Notes on vaccination in the North-West Frontier Province 1923-1928 - 1923-1928
Year: 1923
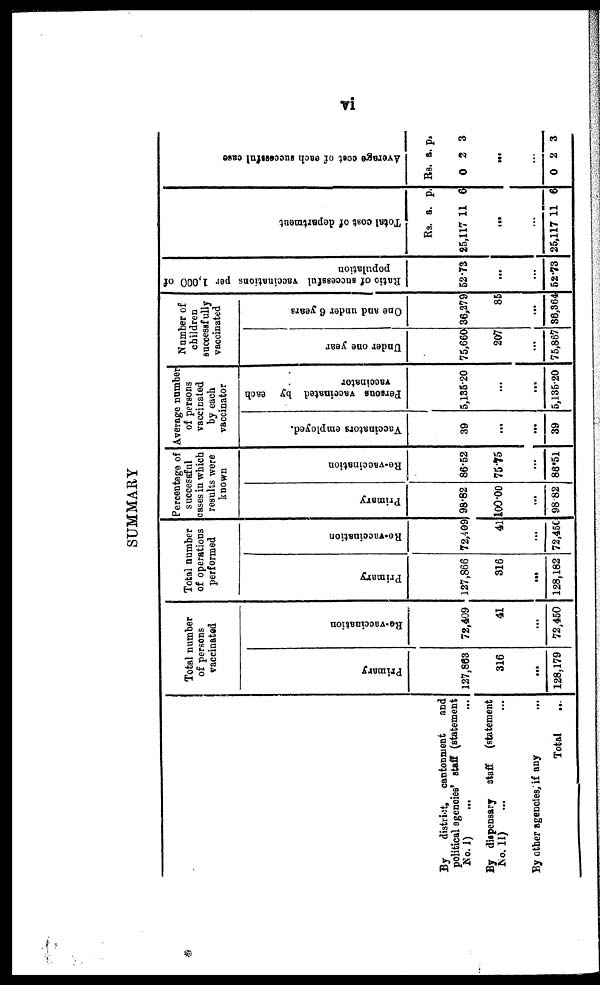
vi
SUMMARY
By
district, cantonment
and
political agencies' staff (statement
No. I) ... ...
By dispensary staff
(statement
No. II) ... ...
By other agencies, if any ...
Total ...
Total number
of persons
vaccinated
Primary
127,863
316
...
128,179
Re-vaccination
72,409
41
...
72,450
Total number
of operations
performed
Primary
127,866
316
...
128,182
Re-vaccination
72,409
41
...
72,450
Percentage of
successful
cases in which
results were
known
Primary
98.82
100.00
...
98.82
Re-vaccination
86.52
75.75
...
86.5l
Average number
of persons
vaccinated
by each
vaccinator
Vaccinators employed.
39
...
...
39
Persons vaccinated by each
vaccinator
5,135.20
...
...
5,135.20
Number of
children
successfully
vaccinated
Under one year
75,660
207
...
75,867
One and under 6 years
36,279
85
...
36,364
Ratio of successful vaccinations per 1,000 of
population
52.73
...
...
52.73
Total cost of department
Rs.
25,117
a.
11
p.
6
...
...
25,117 11 6
Average cost of each successful case
Rs.
0
a.
2
p.
3
...
...
0 2 3